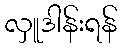
လှူဒါန်းရန်